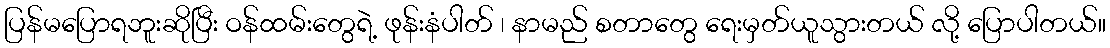
ပြန်မပြောရဘူးဆိုပြီး ဝန်ထမ်းတွေရဲ့ ဖုန်းနံပါတ် ၊ နာမည် စတာတွေ ရေးမှတ်ယူသွားတယ် လို့ ပြောပါတယ်။